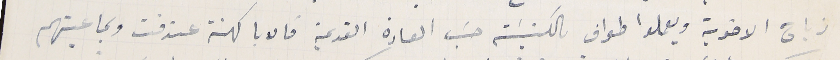
زياح الاخوية ويعملوا طواف بالكنيسَة حسَب العادة القديمة فالابا كهنة عندقت وبماعيتهم